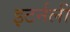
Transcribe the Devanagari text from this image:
इटर्नली